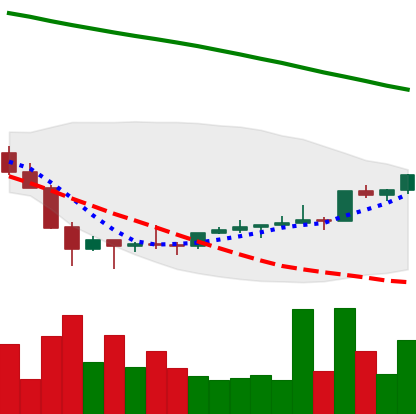
Ticker: NEO-USD
Chart end date: 2022-02-07
Forward return: -9.302%
Label: down_7plus